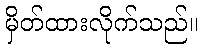
မှိတ်ထားလိုက်သည်။